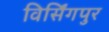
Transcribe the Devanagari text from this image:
विर्सिंगपुर